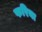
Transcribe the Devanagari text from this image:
फरिया